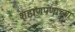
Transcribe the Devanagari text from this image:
शहाणपणाच्या